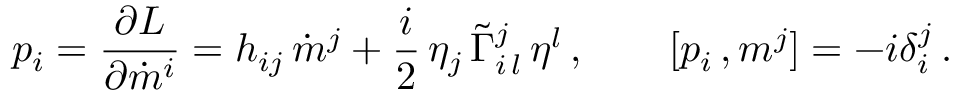
p _ { i } = \frac { \partial L } { \partial \dot { m } ^ { i } } = h _ { i j } \, \dot { m } ^ { j } + \frac { i } { 2 } \, \eta _ { j } \, \tilde { \Gamma } _ { i \, l } ^ { j } \, \eta ^ { l } \, , \qquad [ p _ { i } \, , m ^ { j } ] = - i \delta _ { i } ^ { j } \, .